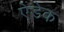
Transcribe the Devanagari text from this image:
ऐडेक